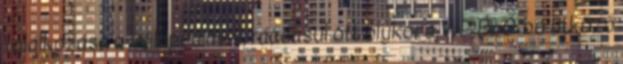
találkozása a Wikipédiával, ráadásul ott olykor a WP:ÉLŐ-be ütköző